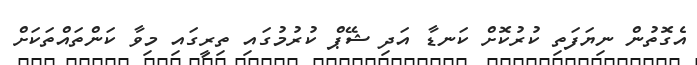
އެގޮތުން ނިޔަފަތި ކުރުކޮށް ކަނޑާ އަދި ޝޭޕް ކުރުމުގައި ތިރީގައި މިވާ ކަންތައްތަކަށް